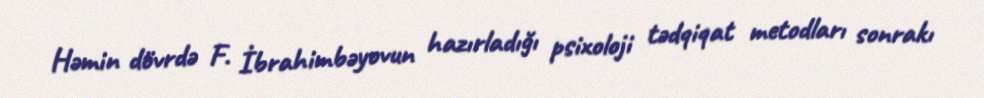
Həmin dövrdə F. İbrahimbəyovun hazırladığı psixoloji tədqiqat metodları sonrakı